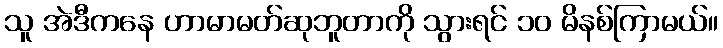
သူ အဲဒီကနေ ဟာမာမတ်ဆုဘူတာကို သွားရင် ၁၀ မိနစ်ကြာမယ်။